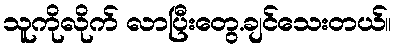
သူကိုလိုက် လာပြီးတွေ.ချင်သေးတယ်။